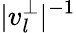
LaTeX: |v_{l}^{\perp}|^{-1}